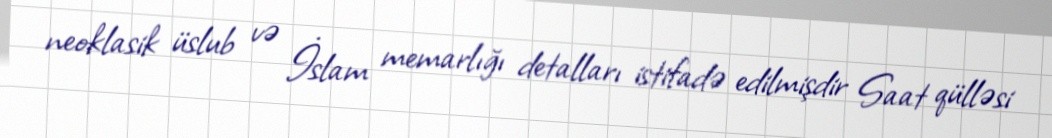
neoklasik üslub və İslam memarlığı detalları istifadə edilmişdir Saat qülləsi